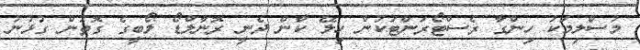
މުސްލިމަކު ހިންގާ ރެސްޓޯރަންޓަކުން ހިލޭ ކާން ދެނީ ރޮނާލްޑޯ ލޯބީގެ ގޮތުން ގުޅުނު